Vital statistics of India. Vol. IV, Annual returns from 1871 to 1876. British Army of India, Native Army and jails of Bengal
Year: 1871
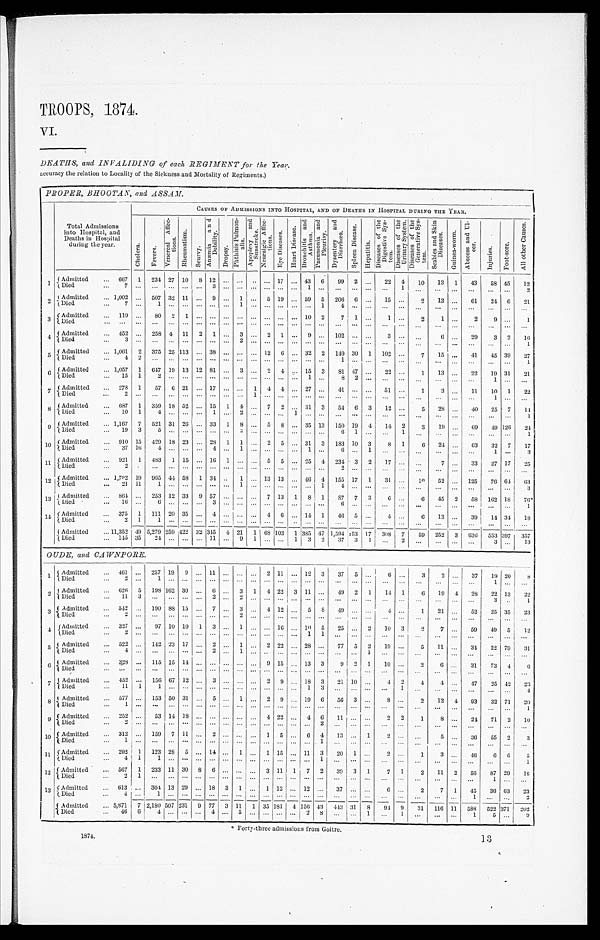
1874.
13
TROOPS 1874.
DEATHS, and INVALIDING of each REGIMENT for the Year.
accuracy the relation to Locality of the Sickness and Mortality of Regiments.)
P R O P E R , B H O O T A N , a n d A S S A M .
Total Admi ssi ons
into Hospital, and
Deaths i n Hospi tal
duri ng the year.
CAUSES OF ADMI SSI ONS I NTO HOSPI TAL, AND OF DEATHS I N HOSPI TAL DURI NG THE YEAR.
C h o l e r a .
F e v e r s .
V e n e r e a l A f f e c -
t i o n s . R h e u m a t i s m .
S c u r v y .
A n æ m i a a n d
D e b i l i t y .
D r o p s y .
P h t h i s i s P u l m o n -
a l i s .
A p o p l e x y a n d
S u n s t r o k e . N e u r a l g i c
E y e D i s e a s e s . H e a r t D i s e a s e s . B r o n c h i t i s a n d
A s t h m a .
P n e u m o n i a a n d P l e u r i s y .
D y s e n t e r y a n d D i a r r h œ a . S p l e e n D i s e s .
H e p a t i t i s .
Di s e a s e s o f t h e
Di g e s t i v e S y s - t e m .
D i s e a s e s o f t h e
U r i n a r y S y s t e m. D i s e a s e s o f t h e
G e n e r a t i v e S y s -
t e m . S e a b i e s a n d S k i n
D i s e a s e s .
G u i n e a - w o r m .
A b s c e s s a n d U l -
c e r .
I n j n u r i e s .
F o o t - S o r e
A l l o t h e r C a u s e s .
1 Admitted 667 1 234 27 10 8 12
17 43 6 99 2
22 4 1 13
1 4 3 5 8 4 5 1 2
D i e d 7
3
1
1
2
2 Admitted 1,002
507 32 11
9
1
5 19 59 5 206 6
1 5
2 1 3
6 1 2 4 6 2 1
D i e d 7
1
1
1 4
3 Admitted 119
80 2 1
10 2 7 1
1
2 1
2 9
1
Died
4 Admitted 452
258 4 11 2 1
3
2 1
9
102
3
6
29 3 2
1 6
D i e d 3
2
1
5 Admitted 1,061 2 375 25 113 38
12 6 32 2 149 30 1 102
7 1 5
4 1 4 5 3 9 2 7
Died 4 2
1
1
6 Admitted 1,057 1 6 4 7 19 13 12 81
3
2 4
1 5 3 8 1 4 7
2 2
1 1 3
22 19 31
2 1
D i e d 1 5 1 2
1
8 2
1
7 Admitted 278 1 57 6 21 17
1 4 4 27
41
51
1 3
1 1 1 0 1 2 2
D i e d 2
1
1
8 Admitted 687 1 359 18 52 15 1 4
7 2 31 3 54 6 3 12
5 2 8
4 0 2 5 7 1 4
D i e d 1 0
1 4
1
2
1
1
9 Admitted 1,167 7 521 31 26 33 1 8
5 8 35 13 150 19 4
1 4 2 3 1 9
6 9 4 9 1 2 6 2 4
D i e d 1 9
3 5
2
6 1
1
1
10 Admitted 910 15 429 18 23 28 1 1
2 5 31 3 183 10 3 8 1 6 24
6 3 3 2 7 1 7
Died 37 1 6 4
4
1
1
6 1
1
3
11 Admitted 921 1 483 1 15 16 1
5 5 25 4 234 3 2 17
7
3 3 2 7 1 7 2 5
Died 2
2
1 2 Admitted 1,782 19 965 44 58 1 34
1 13 13 46 4 155 17 1 31
10 52
125 76 64 63
Died 21 11 1
1
1 4
3
13 Admitted 864 253 12 33 9 57
7 13 1 8 1 87 7 3 6
6 45 2 58 162 18
7 6 *
D i e d 1 6
6
3
6
1
Admitted 375 1 111 20 35
4
4 6 14 1 46 5
4
6 13
39 1 4 3 4 1 8
D i e d 2 1 1
Admitted 11,352 49 5, 279 259 422 32 345 4 21 1 68 103 1 385 47 1, 594 153 17 308 7 5 9 252 3 6 3 6 5 5 3 3 9 7 3 5 7
Died 145 35 24
11
9 1
1 3 2 37 3 1
2
3
1 3
OUDE and CAWNPORE.
1 Admitted 461
257 19 9 11
2 11 12 3 37 5
6
3 2
37 19 20
8
D i e d 2
1
1
2 Admitted 626 5 198 162 30
6 3 1 4 22 3 11
49 2 1 14 1 6 1 9 4 2 8 2 2 1 3 2 2
D i e d 1 1
3
2
2
3
1
3
A d m i t t e d 5 4 2 190 88 15
7
3
4 12
5 8 49
4
1 2 1
5 2 2 5 3 5 2 3
Died 2
2
4 Admitted 327
97 10 10 1 3
1
16 10 5 25
2 10 3 2 7
59 49 5 1 2
D i e d 2
1 1
5 Admitted 522
142 23 17
2
1
2 22 28
7 7 5 2 19
5 11
3 4 2 2 7 9 3 1
D i e d 4
2
1
1
6
A d m i t t e d 3 2 8 115 15 14
9 1 5 13 3 9 2 1 10
2 6
31 73 4 6
D i e d
7
A d m i t t e d 4 5 2 156 67 12
3
2 9
1 8 3 21 10
4 2 4 4
4 7 2 5 4 2 2 3
Died 11 1 1
1 3
1
4
8 Admitted 577
153 50 31
5
1
2 9 19 6 56 3
8
2 12 4 9 3 3 2 7 1 2 0
D i e d 1
1
9 Admitted 252
53 14 18
4 22
4 6 1 1
2 2 1 8
24 71 2 10
Died 2
2
10 Admitted 312
159 7 11
2
1 5
6 4 13
1
2
5
36 55 2 3
D i e d 1
1
1 1 Admitted 292 1 123 28 5 14
1
1 15 11 3 20 1
2
1 3
4 6 6 6 5
Died 4 1 1
1
1
12 Admitted 567 1 233 11 30 8 6
3 11 1 7 2 39 3 1 7 1 2 11 2 56 87 29 16
D i e d 2 1
1
1 3 Admitted 613
304 13 29 18 3 1
1 12 12
37
6
2 7 1 45 36 63
2 3
D i e d 4
1
1
2
Admitted 5,871 7 2, 180 507 231 9 77 3 11 1 35 1 8 4 1 5 6 43 443 31 8 94 9 31 116 11 588 522 3 7 1 2 0 2
D i e d 4 6
6 4
4
5
2 8
1
1
1 5
9
Forty-three admissions from Goitre.